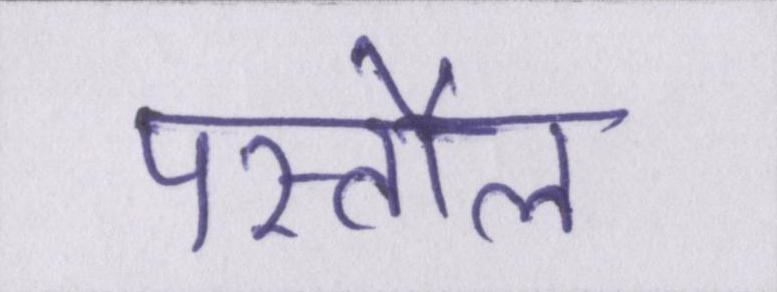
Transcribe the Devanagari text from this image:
पस्तौल